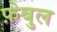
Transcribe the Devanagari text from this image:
फ़ेबुल